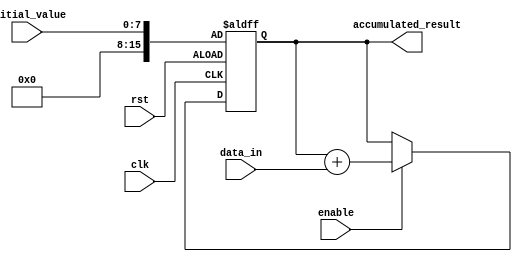
module accumulator (
    input wire clk,        // Clock signal
    input wire rst,        // Reset signal
    input wire enable,     // Enable signal to trigger accumulation
    input wire [7:0] data_in, // Input data values
    input wire [7:0] initial_value, // Initial value for accumulation
    output reg [15:0] accumulated_result // Accumulated result
);

reg [15:0] accumulator_reg; // Internal accumulator register

always @(posedge clk or posedge rst) begin
    if (rst) begin
        accumulator_reg <= initial_value;
    end else if (enable) begin
        accumulator_reg <= accumulator_reg + data_in; // Perform accumulation by addition
    end
end

assign accumulated_result = accumulator_reg; // Output the accumulated result

endmodule